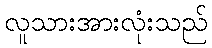
လူသားအားလုံးသည်